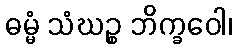
ဓမ္မံ သံဃဉ္စ ဘိက္ခဝေါ၊